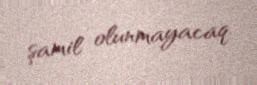
şamil olunmayacaq.